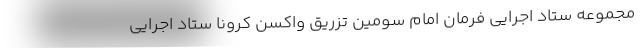
مجموعه ستاد اجرایی فرمان امام سومین تزریق واکسن کرونا ستاد اجرایی